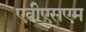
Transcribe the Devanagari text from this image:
एवीएसएम